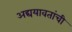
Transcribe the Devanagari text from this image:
अद्ययावतांची